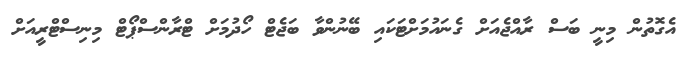
އެގޮތުން މިނީ ބަސް ރާއްޖެއަށް ގެނައުމަށްޓަކައި ބޭނުންވާ ބަޖެޓް ހޯދުމަށް ޓްރާންސްޕޯޓް މިނިސްޓްރީއަށް